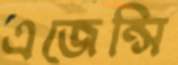
এজেন্সি